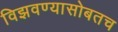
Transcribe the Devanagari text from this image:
विझवण्यासोबतच